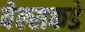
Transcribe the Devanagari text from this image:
वेल्सकडे